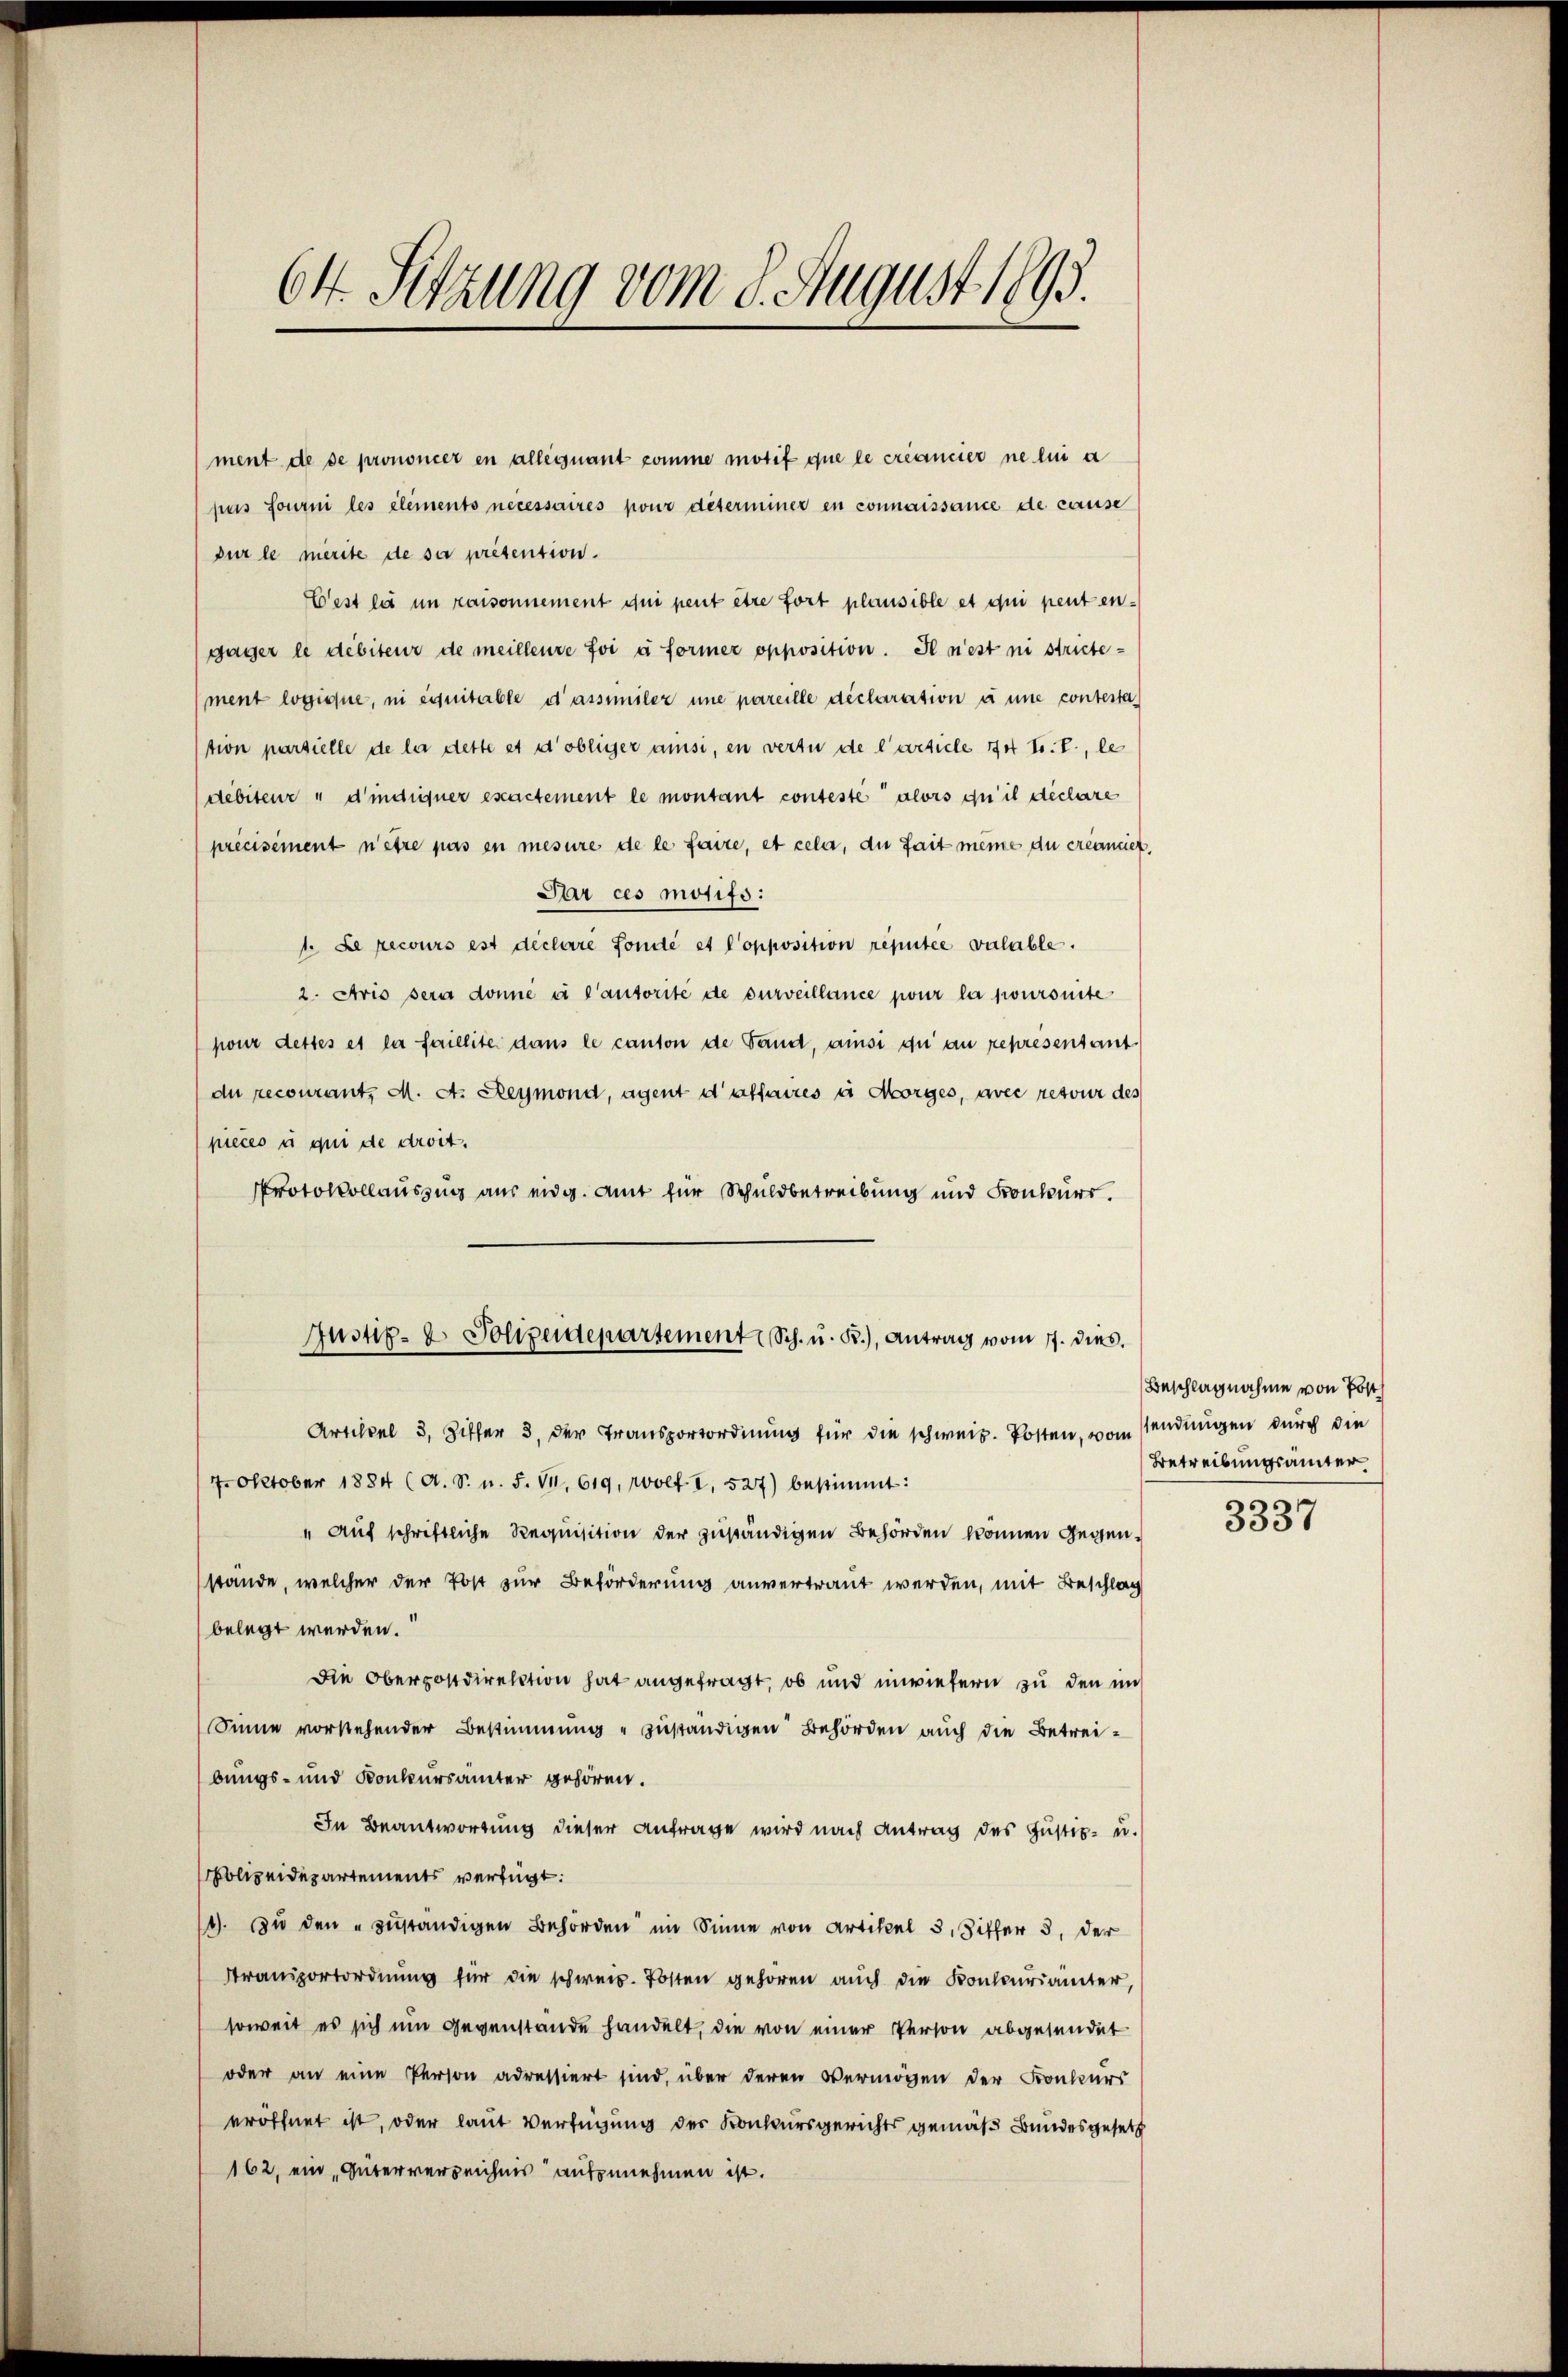
ment de de prononcer en alle quant comme motif que le créancier ne lui a
pus fourni les elements necessaires pour déterminer en connaissance de cause
sur le merite de sa présention.
Fest la un raisonnement qui peut être fort plausible et qui peut en-
gager le débiteur de meilleure foi à former opposition. Il n’est ni strictement logique, ni équitable d’assimiler une pareille déclaration à une contesta
stion parsielle de la dette et d’obliger ansi, en vertu de l’article 14 t. T., le
debiteur d’indigner exactement le montant conteste alors qu’il declare
précisement n’être pas en mesure de le faire, et cela, du fait meine du créancier,
Par ces motifs:
1. Le recours est déclaré fondé et Copposition réputée valable.
2. Avis sera donné à l’autorité de surveillance pour la joursuite
pour dettes et la faillite dans le canton de Sand, aussi du an representant.
du recourant, M. D. Reymond, agent d’affaires u Morges, avec retour des
pieces u qui de droit.
Protokollauszug aus eidg. Amt für Schuldbetreibung und Fronkurs.
Justiz- & Polizeidepartement Sch. u. B.), Antrag vom 17. dies.
Artikel 3, Ziffer 3. der Transportordnung für die schweiz. Posten, vom Sendungen durch die
7. Oktober 1884 (A. S. u. F. VI. 619, wolf I. 527) bestimmt:
" auf schriftliche Requisition der zuständigen Behörden können Gegenstände, welcher der Post zur Beförderung anvertraut werden, mit Beschlag
belegt werden.
Die Oberpostdirektion hat angefragt, ob und unwiefern zu den im
Sinne vorstehender Bestimmung zuständigen Behörden auch die Betreibungs- und Konkursämter gehören.
In Beantwortung dieser Anfrage wird nach Antrag des Justiz- u.
Polizeidepartements verfügt:
11). Zu den „zuständigen Behörden im Sinne von Artikel 3, Sitter 3. der
Stransportordnung für die schweiz. Posten gehören auch die Konkurrämter,
soweit es sich um gegenstande handelt, die von einer Person abgesendet
oder an eine Person adressiert sind, über deren Vermögen der Fronkurs
eröffnet ist, oder laut Verfügung des Konkursgerichts gemäß Bundesgesetz
162, ein Güterverzeichnis aufzunehmen ist.

64. Sitzung vom 8. August 1893.

Beschlagnahme von Post
Betreibungsämter

3337